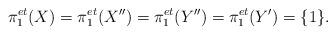
LaTeX: \begin{align*}\pi_1^{et}(X)=\pi_1^{et}(X^{\prime\prime})=\pi_1^{et}(Y^{\prime\prime})=\pi_1^{et}(Y^{\prime})=\{1\}.\end{align*}